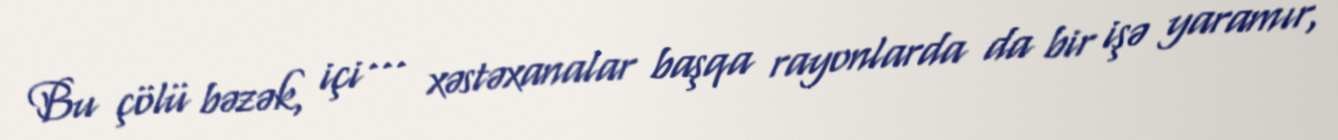
Bu çölü bəzək, içi ... xəstəxanalar başqa rayonlarda da bir işə yaramır,